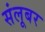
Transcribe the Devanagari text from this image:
संलूबर